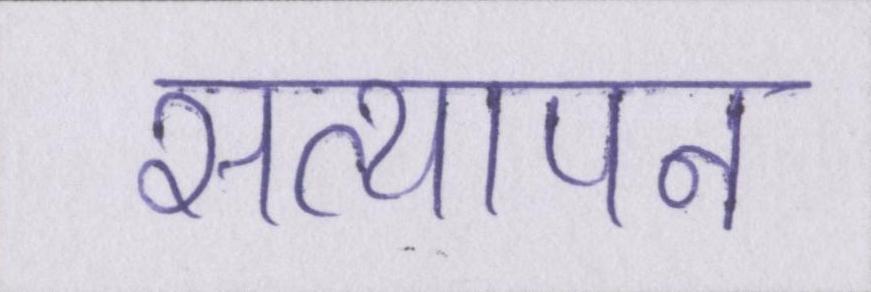
सत्यापन